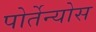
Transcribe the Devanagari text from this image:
पोर्तेन्योस